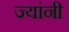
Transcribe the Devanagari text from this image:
ज्‍यांनी